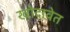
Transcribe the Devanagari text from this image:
खोदावेत